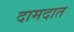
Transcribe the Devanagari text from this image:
दामदात